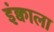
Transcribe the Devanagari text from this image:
इंक्वाला